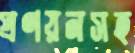
প্রণয়নসহ